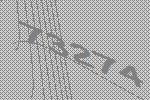
73274